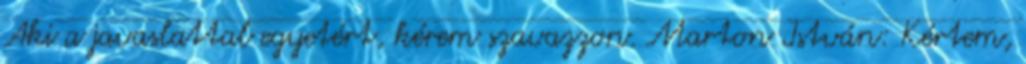
Aki a javaslattal egyetért, kérem szavazzon. Marton István: Kértem,